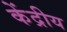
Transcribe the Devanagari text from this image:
केंद्रीय